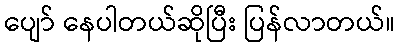
ပျော် နေပါတယ်ဆိုပြီး ပြန်လာတယ်။